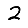
Digit: 2